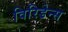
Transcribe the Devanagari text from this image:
विरिडेन्स